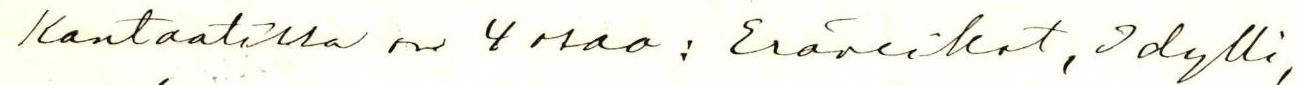
Kantaatilla on 4 osaa: Eräveikot, Idylli,